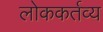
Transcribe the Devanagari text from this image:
लोककर्तव्य